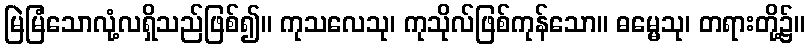
မြဲမြံသောလုံ့လရှိသည်ဖြစ်၍။ ကုသလေသု၊ ကုသိုလ်ဖြစ်ကုန်သော။ ဓမ္မေသု၊ တရားတို့၌။